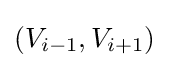
(V_{i-1},V_{i+1})